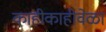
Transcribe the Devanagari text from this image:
काहीकाहीवेळा